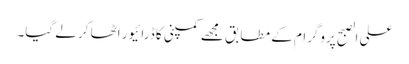
علی الصبح پروگرام کے مطابق مجھے کمپنی کا ڈرائیور اٹھا کر لے گیا۔